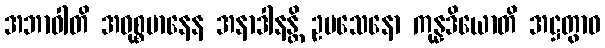
အဘာဝါတိ အဝုစ္စမာနေန အနာဒါနန္တိ ဥပသေနော ကုန္နဒိယောတိ အဋ္ဌတွာဝ